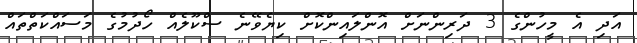
އަދި އެ މީހުންގެ 3 ދަރިންނަށް އޮންލައިންކޮށް ކިޔެވޭނެ ސްކޫލެއް ހޯދުމުގެ މަސައްކަތްތައް